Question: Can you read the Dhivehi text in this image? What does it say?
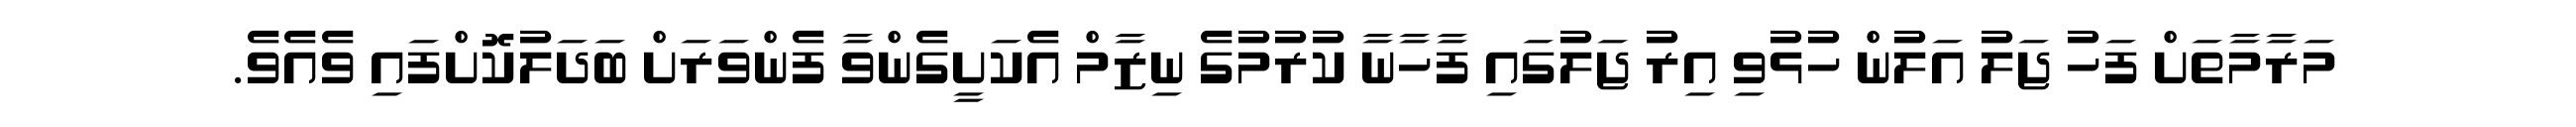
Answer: މަރާމާތަށް ފަހު ޖަލު އަލުން ހުޅުވި އިރު ޖަލުގައި ފާހާނާ ކުރުމުގެ ނިޒާމް އެކަށީގެންވާ ފެންވަރަށް ބަދަލުކޮށްފައި ވެއެވެ.